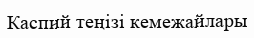
Каспий теңізі кемежайлары